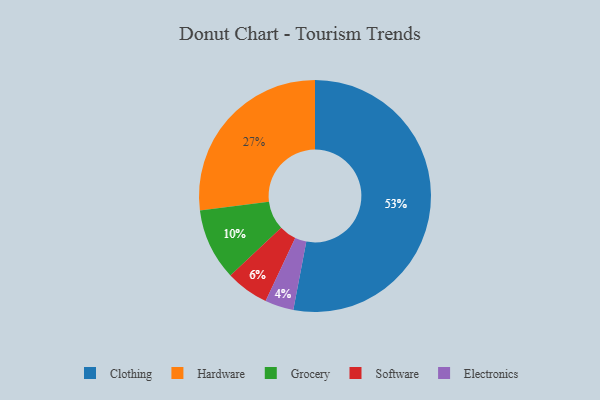
{"axis": {"x": "Category", "y": "Percentage"}, "legend": ["Clothing", "Electronics", "Grocery", "Hardware", "Software"], "data": [{"x": "Hardware", "y": 27, "type": "Hardware"}, {"x": "Software", "y": 6, "type": "Software"}, {"x": "Electronics", "y": 4, "type": "Electronics"}, {"x": "Clothing", "y": 53, "type": "Clothing"}, {"x": "Grocery", "y": 10, "type": "Grocery"}]}